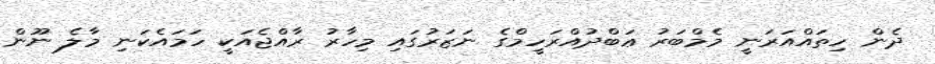
ދެން ހިތައްއަރަނީ މެމްބަރު ޢަބްދުއްރަހީމްގެ ނަޒަރުގައި މިހާރު ރާއްޖެއަކީ ހަމައެކަނި މާލެ ނޫން